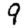
Digit: 9